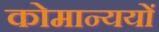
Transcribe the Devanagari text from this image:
कोमान्ययों